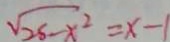
\sqrt { 2 5 - x ^ { 2 } } = x - 1